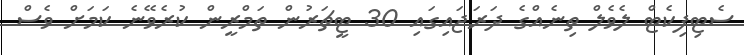
ސެޓިފިކެޓް ލެވެލް ތިނެއްގެ ދަރަޖައިގައި 30 ޓީޗަރުން ތަމްރީން ކުރެވޭނެ ކަމަށް ވެސް